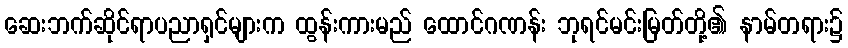
ဆေးဘက်ဆိုင်ရာပညာရှင်များက ထွန်းကားမည် ထောင်ဂဏန်း ဘုရင်မင်းမြတ်တို့၏ နာမ်တရား၌